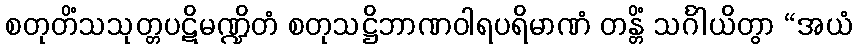
စတုတိံသသုတ္တပဋိမဏ္ဍိတံ စတုသဋ္ဌိဘာဏဝါရပရိမာဏံ တန္တိံ သင်္ဂါယိတွာ “အယံ